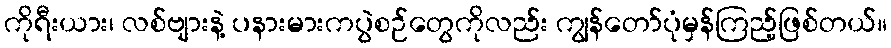
ကိုရီးယား၊ လစ်ဗျားနဲ့ ပနားမားကပွဲစဉ်တွေကိုလည်း ကျွန်တော်ပုံမှန်ကြည့်ဖြစ်တယ်။